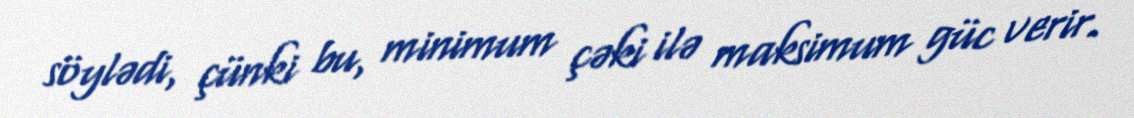
söylədi, çünki bu, minimum çəki ilə maksimum güc verir.